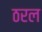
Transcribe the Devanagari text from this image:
ठरल